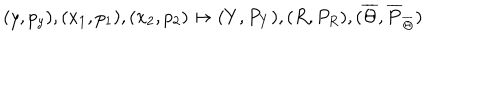
( y , p _ { y } ) , ( x _ { 1 } , p _ { 1 } ) , ( x _ { 2 } , p _ { 2 } ) \mapsto ( Y , P _ { Y } ) , ( R , P _ { R } ) , ( \overline { { { \Theta } } } , \overline { { { P } } } _ { \overline { { { \Theta } } } } )